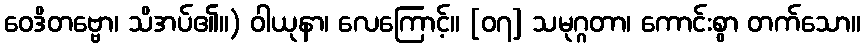
ဝေဒိတဗ္ဗော၊ သိအပ်၏။) ဝါယုနာ၊ လေကြောင့်။ [၀၇] သမုဂ္ဂတာ၊ ကောင်းစွာ တက်သော။